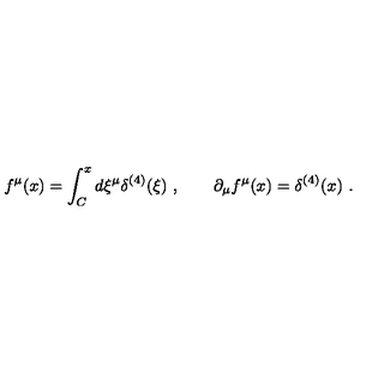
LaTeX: f ^ { \mu } ( x ) = \int _ { C } ^ { x } d \xi ^ { \mu } \delta ^ { ( 4 ) } ( \xi ) \ , \qquad \partial _ { \mu } f ^ { \mu } ( x ) = \delta ^ { ( 4 ) } ( x ) \ .